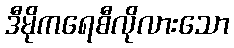
ဒီမိုကရေစီလိုလားသော